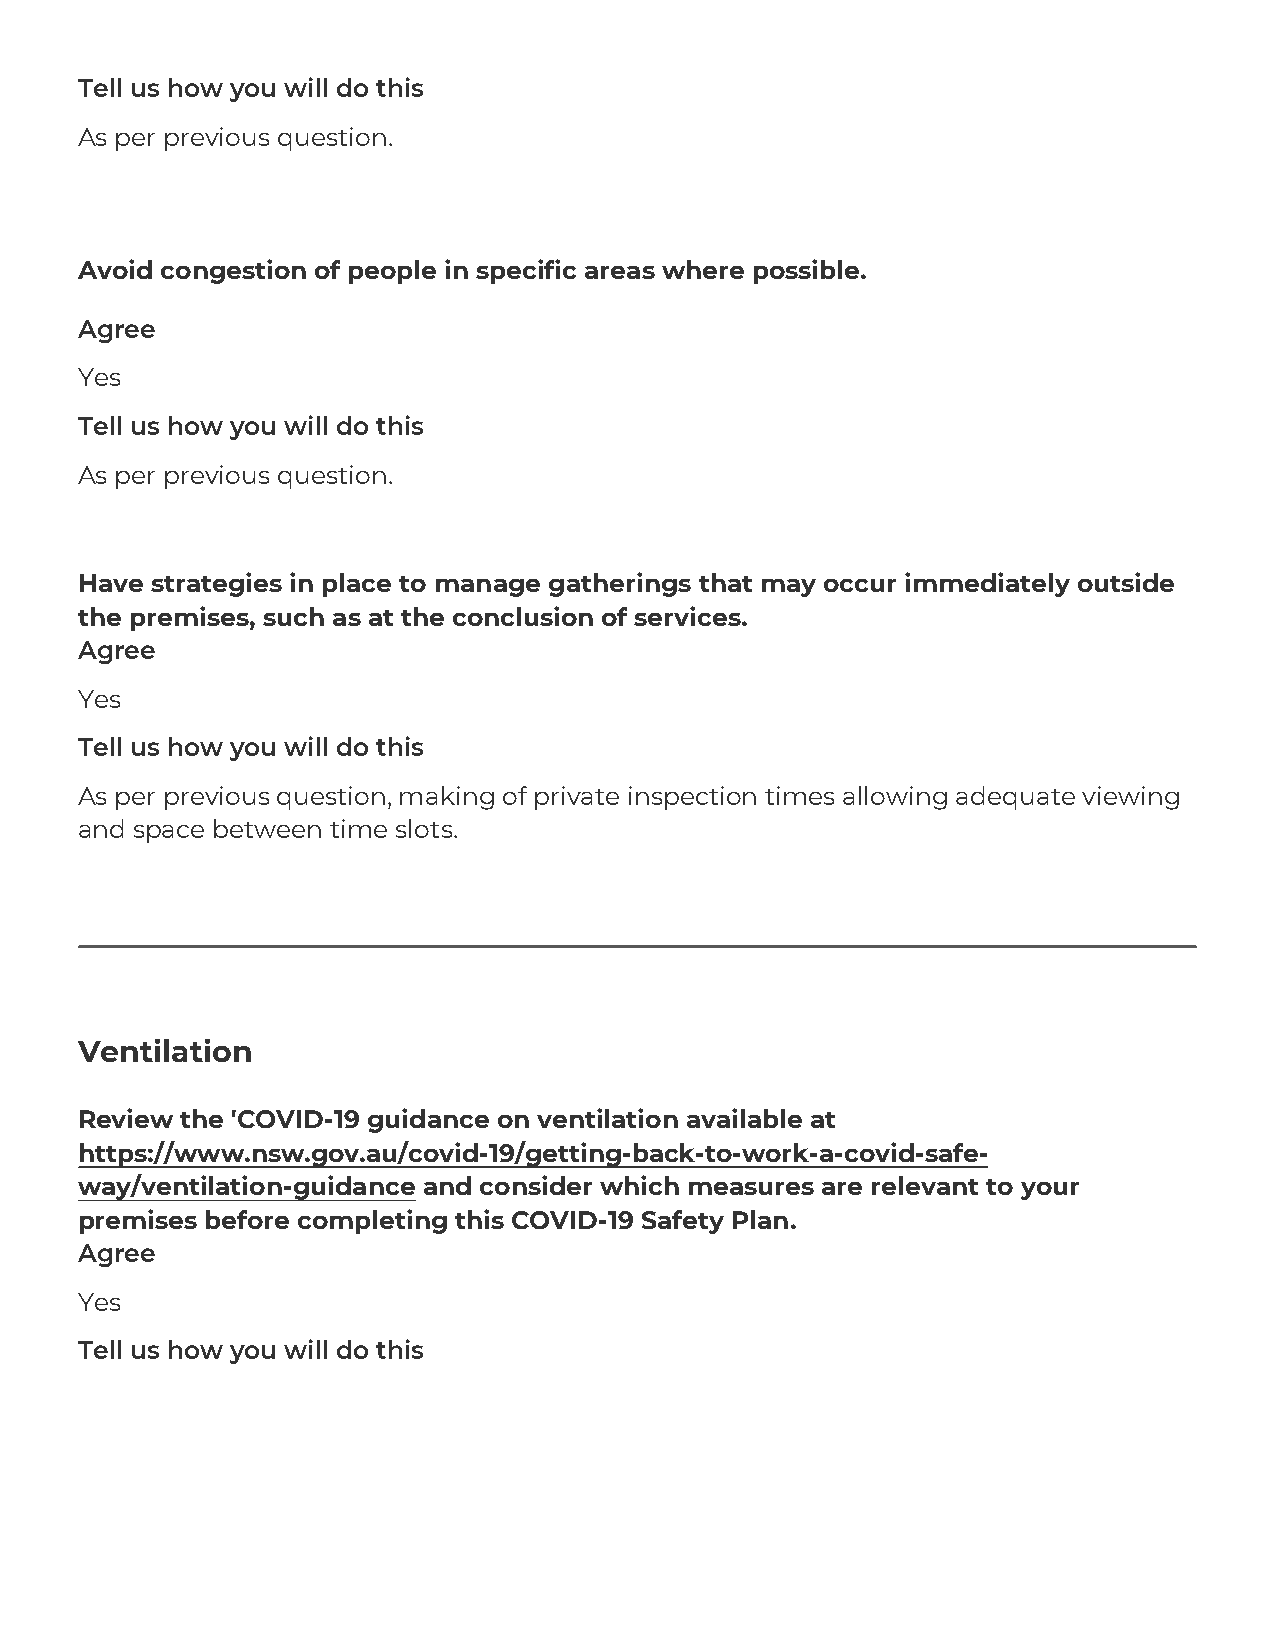
Tell us how you will do this
 As per previous question.
 Avoid congestion of people in specific areas where possible.
 Agree
 Yes
 Tell us how you will do this
 As per previous question.
 Have strategies in place to manage gatherings that may occur immediately outside
 the premises, such as at the conclusion of services.
 Agree
 Yes
 Tell us how you will do this
 As per previous question, making of private inspection times allowing adequate viewing
 and space between time slots.
 Ventilation
 Review the 'COVID-19 guidance on ventilation available at
 https://www.nsw.gov.au/covid-19/getting-back-to-work-a-covid-safe-
 way/ventilation-guidance and consider which measures are relevant to your
 premises before completing this COVID-19 Safety Plan.
 Agree
 Yes
 Tell us how you will do this